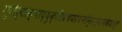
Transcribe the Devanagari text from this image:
गुरोर्वाक्याद्युक्तिप्रचयरचनोन्मार्जनवशात्